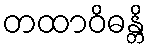
တထာဝိဓန္တိ